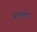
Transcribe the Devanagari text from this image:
बोलतेय